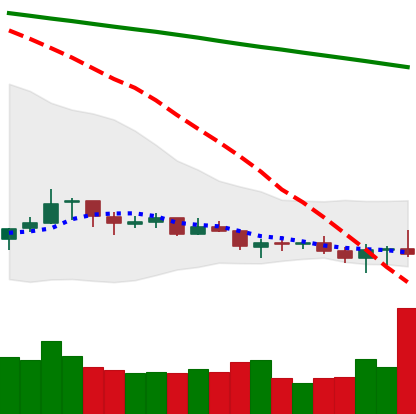
Ticker: XLM-USD
Chart end date: 2021-07-16
Forward return: -3.632%
Label: down_3_5